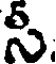
సీ